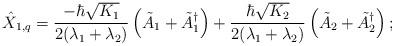
LaTeX: \begin{align*} \hat X_{1,q} = \frac{-\hbar\sqrt{K_1}}{2(\lambda_1 +\lambda_2)}\left(\tilde A_1 + \tilde A_1^\dagger\right)+ \frac{\hbar\sqrt{K_2}}{2(\lambda_1 +\lambda_2)}\left(\tilde A_2 + \tilde A_2^\dagger\right);\end{align*}